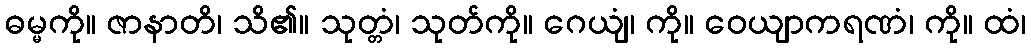
ဓမ္မကို။ ဇာနာတိ၊ သိ၏။ သုတ္တံ၊ သုတ်ကို။ ဂေယျံ၊ ကို။ ဝေယျာကရဏံ၊ ကို။ ထံ၊